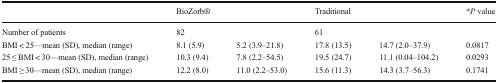
<table><thead><tr><td>[EMPTY_CELL]</td><td colspan="2"><b>BioZorb®</b></td><td colspan="2"><b>Traditional</b></td><td><b>*<i>P</i> value</b></td></tr></thead><tbody><tr><td>Number of patients</td><td colspan="2">82</td><td colspan="2">61</td><td>[EMPTY_CELL]</td></tr><tr><td>BMI &lt; 25—mean (SD), median (range)</td><td>8.1 (5.9)</td><td>5.2 (3.9–21.8)</td><td>17.8 (13.5)</td><td>14.7 (2.0–37.9)</td><td>0.0817</td></tr><tr><td>25 ≤ BMI &lt; 30—mean (SD), median (range)</td><td>10.3 (9.4)</td><td>7.8 (2.2–54.5)</td><td>19.5 (24.7)</td><td>11.1 (0.04–104.2)</td><td>0.0293</td></tr><tr><td>BMI ≥ 30—mean (SD), median (range)</td><td>12.2 (8.0)</td><td>11.0 (2.2–53.0)</td><td>15.6 (11.3)</td><td>14.3 (3.7–56.3)</td><td>0.1741</td></tr></tbody></table>